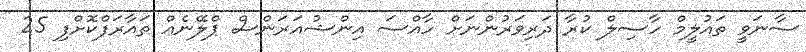
ސާނަވީ ތައުލީމް ހާސިލް ކުރާ ދަރިވަރުންނަށް ހާއްސަ އިންޝުއަރަންސް ޕްލޭނެއް ތައާރަފްކޮށްފި 25